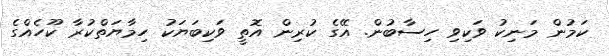
ކަމުން މަނިކު ވަކިވި ހިސާބުން. އޭގެ ކުރިން އޮތީ ވަކިބަޔަކު ހިމާޔަތްކުރާ ކޫހެއްގެ